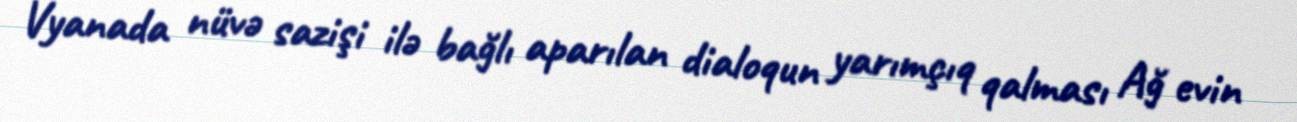
Vyanada nüvə sazişi ilə bağlı aparılan dialoqun yarımçıq qalması Ağ evin